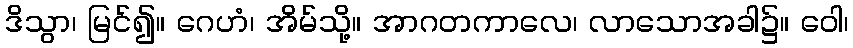
ဒိသွာ၊ မြင်၍။ ဂေဟံ၊ အိမ်သို့။ အာဂတကာလေ၊ လာသောအခါ၌။ ဝေါ၊